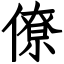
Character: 僚